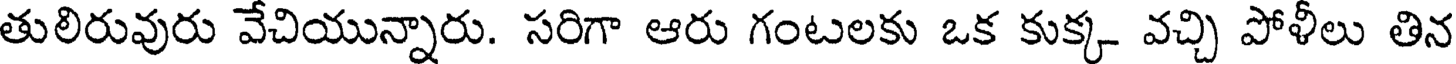
తులిరువురు వేచియున్నారు. సరిగా ఆరు గంటలకు ఒక కుక్క వచ్చి పోళీలు తిన